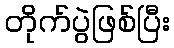
တိုက်ပွဲဖြစ်ပြီး